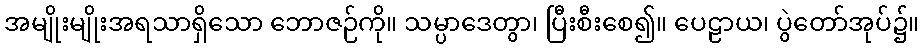
အမျိုးမျိုးအရသာရှိသော ဘောဇဉ်ကို။ သမ္ပာဒေတွာ၊ ပြီးစီးစေ၍။ ပေဠာယ၊ ပွဲတော်အုပ်၌။